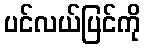
ပင်လယ်ပြင်ကို